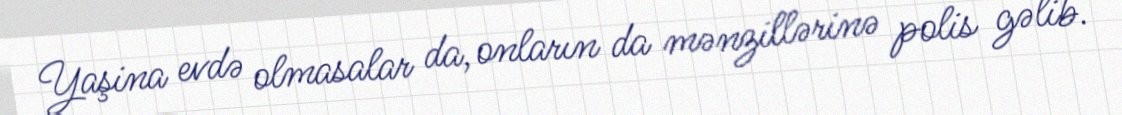
Yaşina evdə olmasalar da, onların da mənzillərinə polis gəlib.